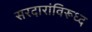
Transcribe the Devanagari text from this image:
सरदारांविरूध्द